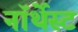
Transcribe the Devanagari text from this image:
नॉर्थेस्ट